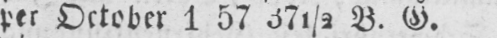
per October 1 57 371/2 B. G.